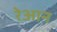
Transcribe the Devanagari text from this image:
रेआन